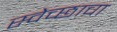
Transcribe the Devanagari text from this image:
स्वेच्छाचा